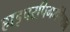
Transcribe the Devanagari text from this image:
हाइपरपिगमेंटेशन